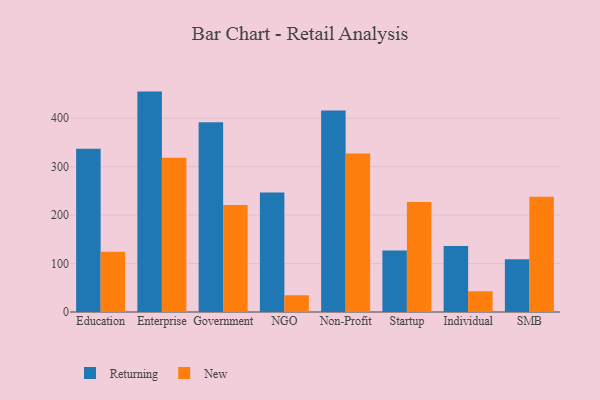
{"axis": {"x": "Segment", "y": "Satisfaction Score"}, "legend": ["New", "Returning"], "data": [{"x": "Education", "y": 337.0, "type": "Returning"}, {"x": "Education", "y": 124.4, "type": "New"}, {"x": "Enterprise", "y": 455.1, "type": "Returning"}, {"x": "Enterprise", "y": 318.6, "type": "New"}, {"x": "Government", "y": 391.8, "type": "Returning"}, {"x": "Government", "y": 221.1, "type": "New"}, {"x": "NGO", "y": 246.8, "type": "Returning"}, {"x": "NGO", "y": 34.6, "type": "New"}, {"x": "Non-Profit", "y": 416.0, "type": "Returning"}, {"x": "Non-Profit", "y": 327.1, "type": "New"}, {"x": "Startup", "y": 127.0, "type": "Returning"}, {"x": "Startup", "y": 227.1, "type": "New"}, {"x": "Individual", "y": 136.5, "type": "Returning"}, {"x": "Individual", "y": 42.7, "type": "New"}, {"x": "SMB", "y": 108.7, "type": "Returning"}, {"x": "SMB", "y": 238.2, "type": "New"}]}